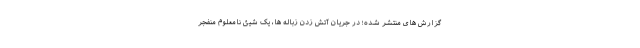
گزارش های منتشر شده؛‌ در جریان آتش زدن زباله ها، یک شیئ نامعلوم منفجر